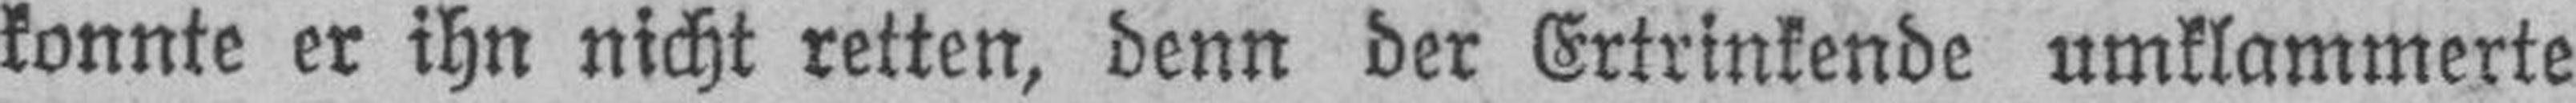
konnte er ihn nicht retten, denn der Ertrinkende umklammerte